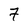
Character: 7